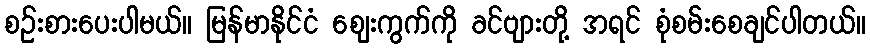
စဉ်းစားပေးပါမယ်။ မြန်မာနိုင်ငံ ဈေးကွက်ကို ခင်ဗျားတို့ အရင် စုံစမ်းစေချင်ပါတယ်။